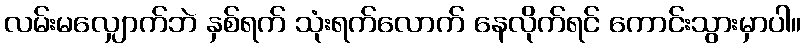
လမ်းမလျှောက်ဘဲ နှစ်ရက် သုံးရက်လောက် နေလိုက်ရင် ကောင်းသွားမှာပါ။